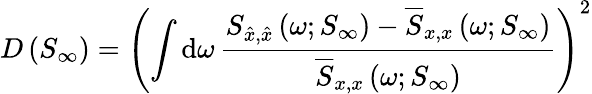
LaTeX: D\left(S_{\infty}\right)=\left(\int\mathrm{d}\omega\, \frac{S_{\hat{x},\hat{x}}\left(\omega;S_{\infty}\right)-\overline{{S}}_{x,x}\left(\omega;S_{\infty}\right)}{\overline{{S}}_{x,x}\left(\omega;S_{\infty}\right)}\right)^{2}